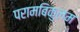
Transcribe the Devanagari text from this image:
परामबिकुलम